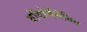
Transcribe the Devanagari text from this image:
बॉयोसेंथेसिस